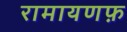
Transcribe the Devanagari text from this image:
रामायणफ़